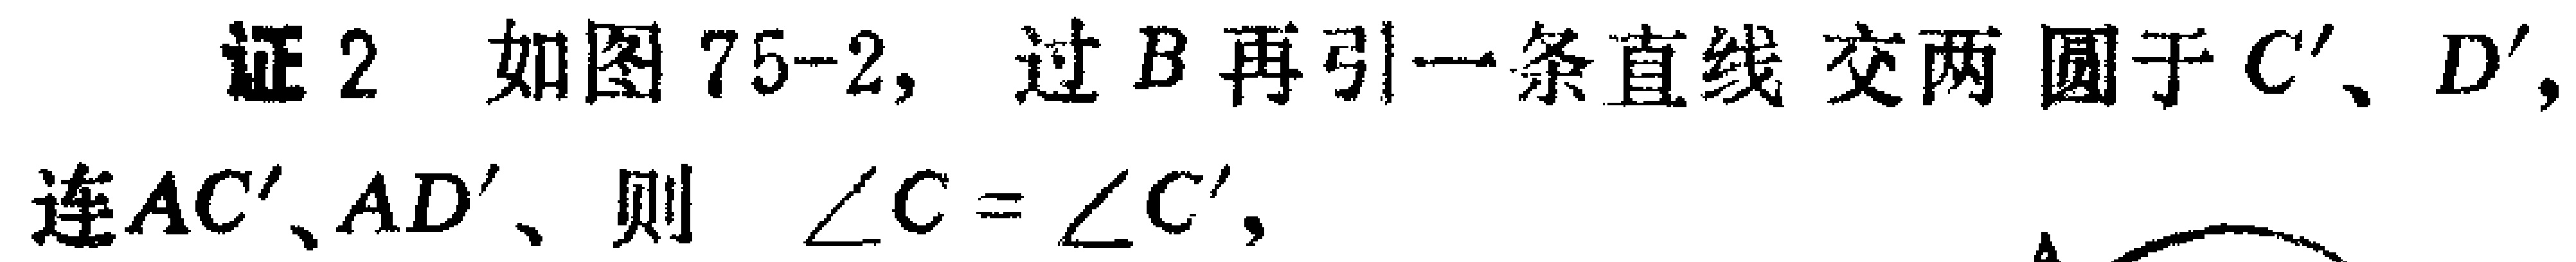
证2 如图75-2，过\(B\)再引一条直线交两圆于\(C'\)、\(D'\)，连\(AC'\)、\(AD'\)、则 \(\angle C = \angle C'\)，